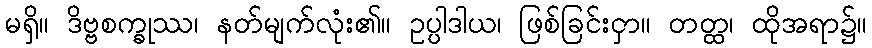
မရှိ။ ဒိဗ္ဗစက္ခုဿ၊ နတ်မျက်လုံး၏။ ဥပ္ပါဒါယ၊ ဖြစ်ခြင်းငှာ။ တတ္ထ၊ ထိုအရာ၌။